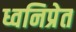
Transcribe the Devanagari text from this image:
ध्वनिप्रेत